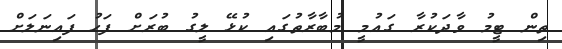
ތިން ޓީމު ވާދަކުރާ ގައުމީ މުބާރާތުގައި ކުޅޭ ލީގު ބުރަށް ފަހު ފައިނަލަށް